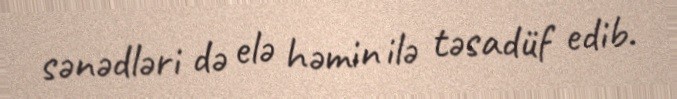
sənədləri də elə həmin ilə təsadüf edib.